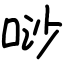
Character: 唦